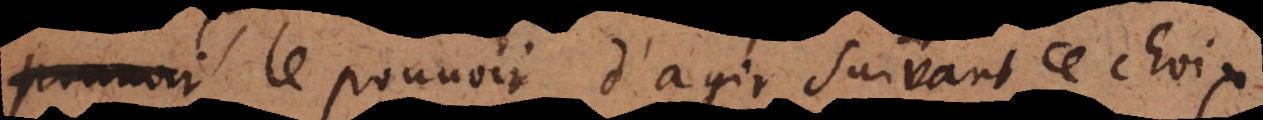
le pouvoir d’agir suivant ce choix.